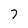
Character: 7